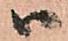
ハ